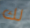
لك